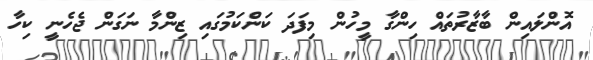
އޮންލައިން ބާޒާރުތައް ހިންގާ މީހުން މިފަދަ ކަންކަމުގައި ޒިންމާ ނަގަން ޖެހެނީ ކިހާ